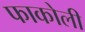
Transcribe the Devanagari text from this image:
फाकोली